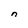
Character: n